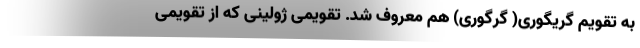
به تقویم گریگوری( گرِگوری) هم معروف شد. تقویمی ژولینی که از تقویمی